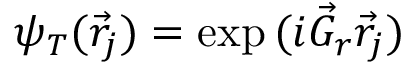
\psi _ { T } ( \vec { r } _ { j } ) = \exp { ( i \vec { G } _ { r } \vec { r } _ { j } ) }